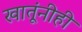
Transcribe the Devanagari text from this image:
खातूंनीही